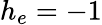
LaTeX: h_{e}=-1